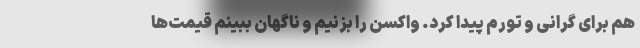
هم برای گرانی و تورم پیدا کرد. واکسن را بزنیم و ناگهان ببینم قیمت‌ها